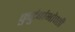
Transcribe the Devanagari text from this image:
कुटुंबांभोवती